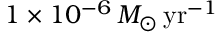
1 \times 1 0 ^ { - 6 } \, M _ { \odot } { \mathrm { \, y r } } ^ { - 1 }